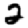
Digit: 2